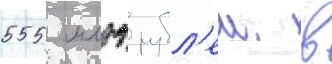
555 млрд рубл'еи. в